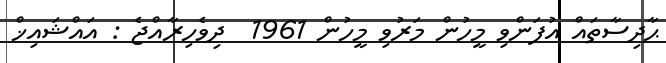
ޙާދިސާތައް އުފަންވި މީހުން މަރުވި މީހުން 1961  ދިވެހިރާއްޖެ : އައްޝައިޚް